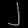
Digit: ၂